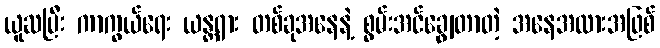
ယူဆပြီး ကာကွယ်ရေး ယန္တရား တစ်ခုအနေနဲ့ စွမ်းအင်ချွေတာတဲ့ အနေအထားအဖြစ်